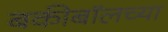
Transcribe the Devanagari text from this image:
बकीबॉलच्या